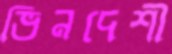
ভিনদেশী